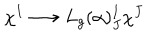
LaTeX: \chi ^ { I } \longrightarrow L _ { g } ( \alpha ) _ { J } ^ { I } \chi ^ { J }